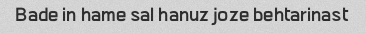
Bade in hame sal hanuz joze behtarinast